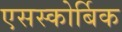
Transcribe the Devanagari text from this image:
एसस्कोर्बिक